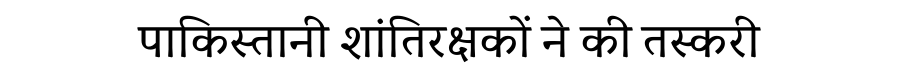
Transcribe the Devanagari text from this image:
पाकिस्तानी शांतिरक्षकों ने की तस्करी